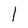
Character: l